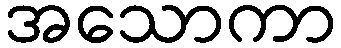
အသောကာ